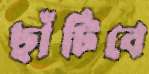
ছাঁটিবে